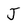
Character: J